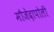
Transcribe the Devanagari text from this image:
मौजेदापोली